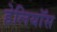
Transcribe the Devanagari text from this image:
हेलियॉस